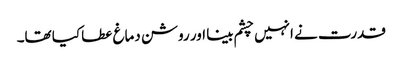
قدرت نے انہیں چشم بینا اور روشن دماغ عطا کیا تھا۔